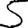
Digit: 5